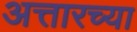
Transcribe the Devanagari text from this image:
अत्तारच्या